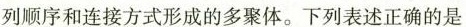
列顺序和连接方式形成的多聚体。下列表述正确的是